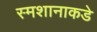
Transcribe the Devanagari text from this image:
स्मशानाकडे